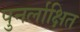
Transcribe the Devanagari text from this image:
पुनर्लाक्षित